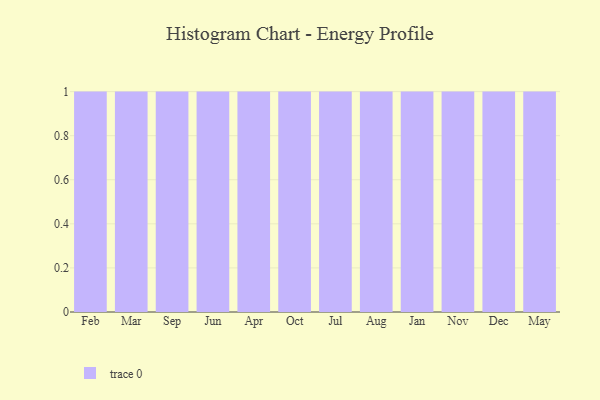
{"axis": {"x": "Month", "y": "Market Share (%)"}, "legend": [""], "data": [{"x": "Feb", "y": 66, "type": ""}, {"x": "Mar", "y": 63, "type": ""}, {"x": "Sep", "y": 83, "type": ""}, {"x": "Jun", "y": 86, "type": ""}, {"x": "Apr", "y": 54, "type": ""}, {"x": "Oct", "y": 80, "type": ""}, {"x": "Jul", "y": 59, "type": ""}, {"x": "Aug", "y": 47, "type": ""}, {"x": "Jan", "y": 96, "type": ""}, {"x": "Nov", "y": 95, "type": ""}, {"x": "Dec", "y": 24, "type": ""}, {"x": "May", "y": 92, "type": ""}]}